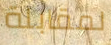
لمقابلة